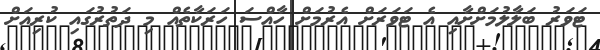
ޓަވަރު ބަލާލުމަށްށާއި އެ ޓަވަރަށް އެރުމަށް ހާއްސަ ހަރަކާތެއް މި ދަތުރުގައި ކުރިއަށް